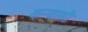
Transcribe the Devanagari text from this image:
कन्वासी